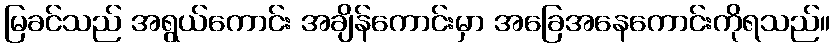
မြခင်သည် အရွယ်ကောင်း အချိန်ကောင်းမှာ အခြေအနေကောင်းကိုရသည်။